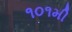
૧૦૧મી